Indian journal of veterinary science and animal husbandry - Volume 2,
Year: 1932
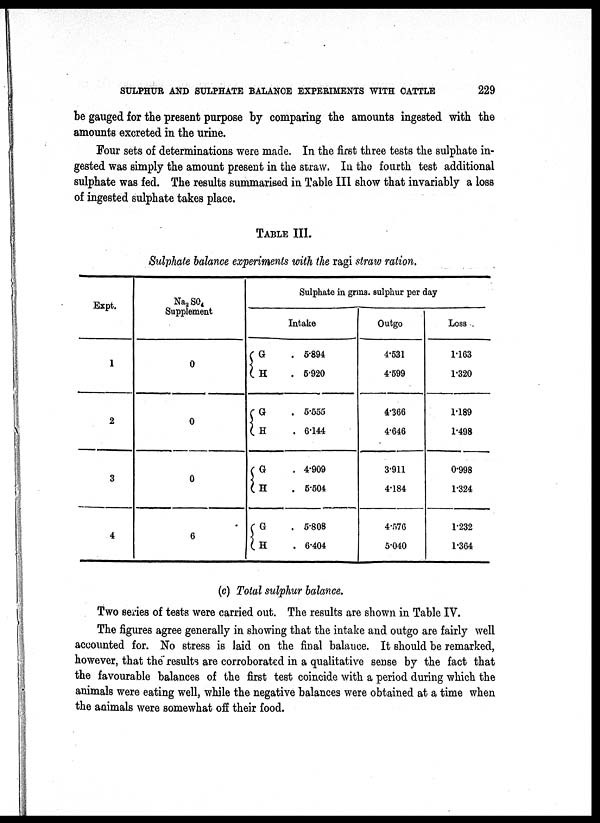
SULPHUR AND SULPHATE BALANCE EXPERIMENTS WITH CATTLE
229
be gauged for the present purpose by comparing the amounts ingested with the
amounts excreted in the urine.
Four sets of determinations were made. In the first three tests the sulphate in-
gested was simply the amount present in the straw. In the fourth test additional
sulphate was fed. The results summarised in Table III show that invariably a loss
of ingested sulphate takes place.
TABLE III.
Sulphate balance experiments with the ragi straw ration.
Expt.
1
2
3
4
Na 2 SO 4
Supplement
0
0
0
6
Sulphate in grms. sulphur per day
G
H
G H
G
H
G
H
Intake
. 5.894
. 5.920
. 5.555
. 6.144
. 4.909
. 5.504
. 5.808
. 6.404
Outgo
4.531
4.599
4.366
4.646
3.911
4.184
4.576
5.040
Loss
1.163
1.320
1.189
1.498
0.998
1.324
1.232
1.364
(c) Total sulphur balance.
Two series of tests were carried out. The results are shown in Table IV.
The figures agree generally in showing that the intake and outgo are fairly well
accounted for. No stress is laid on the final balance. It should be remarked,
however, that the results are corroborated in a qualitative sense by the fact that
the favourable balances of the first test coincide with a period during which the
animals were eating well, while the negative balances were obtained at a time when
the animals were somewhat off their food.